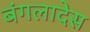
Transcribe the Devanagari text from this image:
बंगलादेस